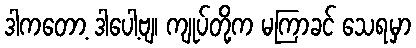
ဒါကတော့ ဒါပေါ့ဗျ၊ ကျုပ်တို့က မကြာခင် သေရမှာ